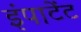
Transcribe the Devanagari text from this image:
इंपाटेंट